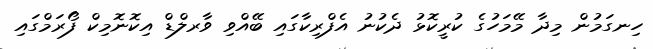
ހިނގަމުން މިދާ މޭމަހުގެ ކުރީކޮޅު ދެކުނު އެފްރިކާގައި ބޭއްވި ވާރލްޑް އިކޮނޮމިކް ފޯރަމްގައި